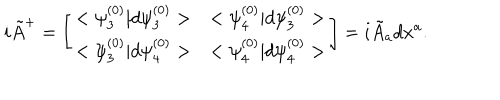
i { \tilde { A } } ^ { + } = \left[ \begin{array} { l l } { { < \psi _ { 3 } ^ { ( 0 ) } | d \psi _ { 3 } ^ { ( 0 ) } > } } & { { < \psi _ { 4 } ^ { ( 0 ) } | d \psi _ { 3 } ^ { ( 0 ) } > } } \\ { { < \psi _ { 3 } ^ { ( 0 ) } | d \psi _ { 4 } ^ { ( 0 ) } > } } & { { < \psi _ { 4 } ^ { ( 0 ) } | d \psi _ { 4 } ^ { ( 0 ) } > } } \\ \end{array} \right] = i { \tilde { A } } _ { a } d x ^ { a } .